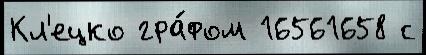
Кл'ецко гра́фом 16561658 с